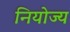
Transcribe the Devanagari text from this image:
नियोज्य